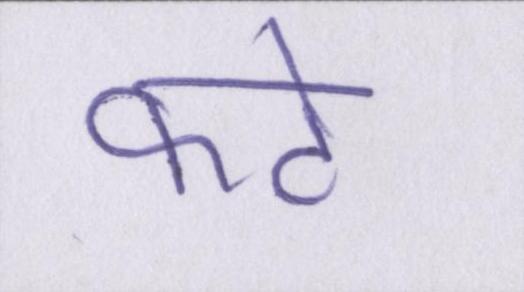
फटे